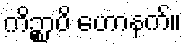
ကိဉ္စာပိ ဟောနက်။